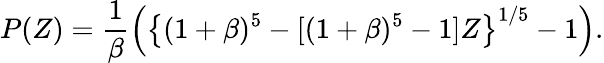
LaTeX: P(Z)=\frac{1}{\beta}\left(\left\{ (1+\beta)^{5}-[(1+\beta)^{5}-1]Z\right\} ^{1/5}-1\right).